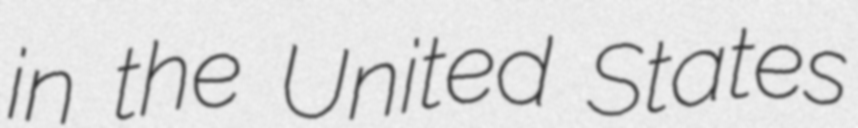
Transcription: in the United States